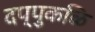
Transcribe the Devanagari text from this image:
दप्पुकळि